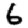
Digit: 6